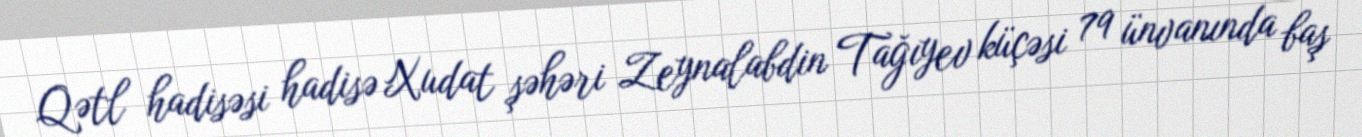
Qətl hadisəsi hadisə Xudat şəhəri Zeynalabdin Tağıyev küçəsi 79 ünvanında baş